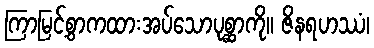
ကြာမြင့်စွာကထားအပ်သောပုစ္ဆာကို။ ဇိနရဟဿံ၊